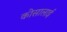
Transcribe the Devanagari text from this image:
कोसालाई